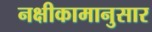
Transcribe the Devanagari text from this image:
नक्षीकामानुसार